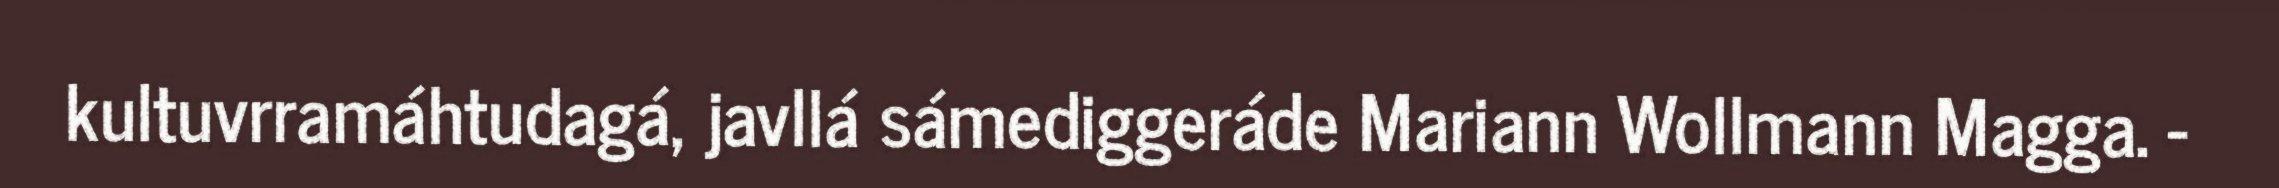
kultuvrramáhtudagá, javllá sámediggeráde Mariann Wollmann Magga. -